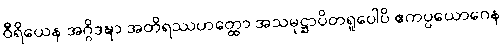
ဝီရိယေန အဂ္ဂိဒဍ္ဎာ အတိရဿဟတ္ထော အသမုဋ္ဌာပိတရူပေါပိ ဧကပ္ပယောဂေန